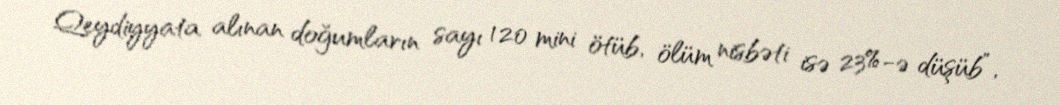
Qeydiyyata alınan doğumların sayı 120 mini ötüb, ölüm nisbəti isə 23%-ə düşüb”,